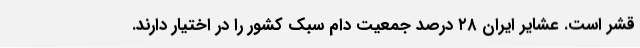
قشر است. عشایر ایران ۲۸ درصد جمعیت دام سبک کشور را در اختیار دارند.